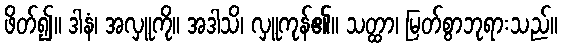
ဖိတ်၍။ ဒါနံ၊ အလှူကို။ အဒါသိ၊ လှူကုန်၏။ သတ္ထာ၊ မြတ်စွာဘုရားသည်။